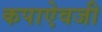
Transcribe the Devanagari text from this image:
कपाऐवजी